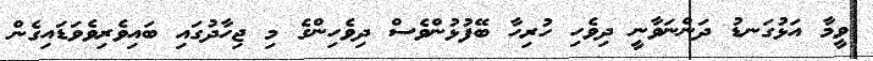
ވީމާ އަޅުގަނޑު ދަންނަވާނީ ދިވެހި ހުރިހާ ބޭފުޅުންވެސް ދިވެހިންގެ މި ޖިހާދުގައި ބައިވެރިވެވަޑައިގެން